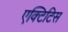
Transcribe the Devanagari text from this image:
एक्टिटिस